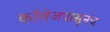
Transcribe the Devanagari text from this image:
कॉलेजपासूनच